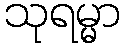
သုရမ္မာ